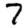
Digit: 7